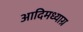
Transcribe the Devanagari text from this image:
आदिमध्याग्र